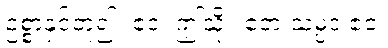
ဥစ္စာနှင့်တူ၍။ ဧဝံ၊ ဤသို့။ ဧတံ သမ္ပဒံ ဧဝ၊